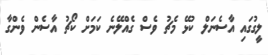
ލީގުގައި އާސެނަލް ކުޅޭ މެޗު ވެސް ގެއްލޭނެ ކަމަށް ކޯޗު އާސެން ވެންގާ